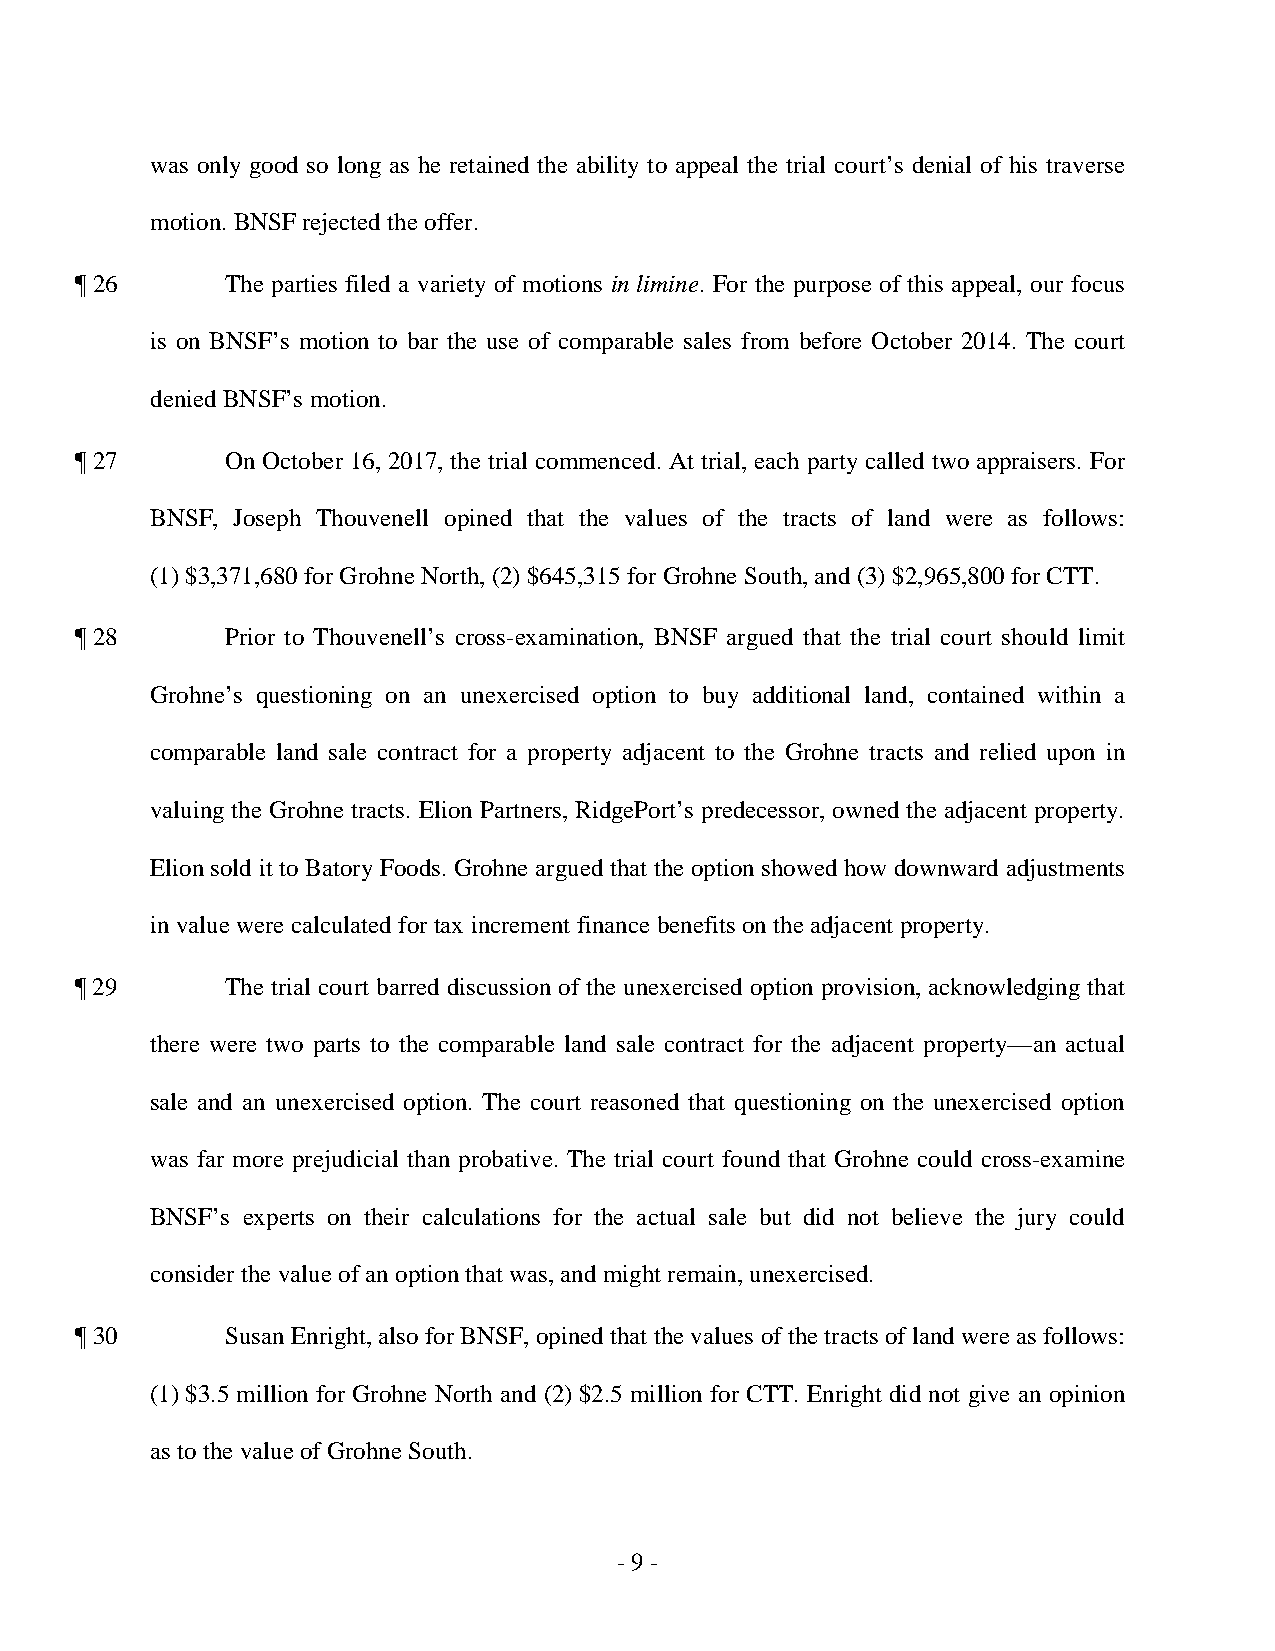
was only good so long as he retained the ability to appeal the trial court’s denial of his traverse
 motion. BNSF rejected the offer.
 ¶ 26      The parties filed a variety of motions in limine. For the purpose of this appeal, our focus
 is on BNSF’s motion to bar the use of comparable sales from before October 2014. The court
 denied BNSF’s motion.
 ¶ 27      On October 16, 2017, the trial commenced. At trial, each party called two appraisers. For
 BNSF, Joseph Thouvenell opined that the values of the tracts of land were as follows:
 (1) $3,371,680 for Grohne North, (2) $645,315 for Grohne South, and (3) $2,965,800 for CTT.
 ¶ 28      Prior to Thouvenell’s cross-examination, BNSF argued that the trial court should limit
 Grohne’s questioning on an unexercised option to buy additional land, contained within a
 comparable land sale contract for a property adjacent to the Grohne tracts and relied upon in
 valuing the Grohne tracts. Elion Partners, RidgePort’s predecessor, owned the adjacent property.
 Elion sold it to Batory Foods. Grohne argued that the option showed how downward adjustments
 in value were calculated for tax increment finance benefits on the adjacent property.
 ¶ 29      The trial court barred discussion of the unexercised option provision, acknowledging that
 there were two parts to the comparable land sale contract for the adjacent property—an actual
 sale and an unexercised option. The court reasoned that questioning on the unexercised option
 was far more prejudicial than probative. The trial court found that Grohne could cross-examine
 BNSF’s experts on their calculations for the actual sale but did not believe the jury could
 consider the value of an option that was, and might remain, unexercised.
 ¶ 30      Susan Enright, also for BNSF, opined that the values of the tracts of land were as follows:
 (1) $3.5 million for Grohne North and (2) $2.5 million for CTT. Enright did not give an opinion
 as to the value of Grohne South.
 - 9 ­